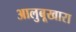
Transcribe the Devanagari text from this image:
आलुबूखारा